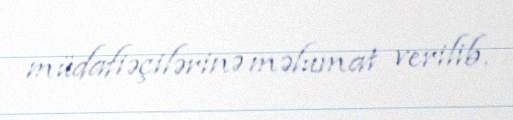
müdafiəçilərinə məlumat verilib.